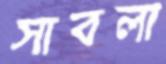
সাবলা